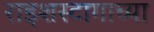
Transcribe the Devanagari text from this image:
राइशस्टागाच्या